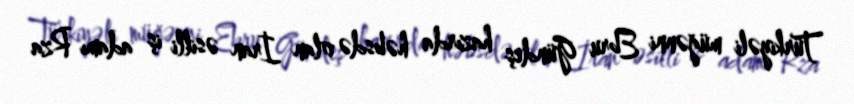
Türkiyəli müğənni Ebru Gündeş hazırda həbsdə olan İran əsilli iş adamı Rza